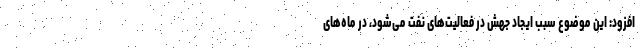
افزود: این موضوع سبب ایجاد جهش در فعالیت‌های نفت می‌شود، در ماه‌های